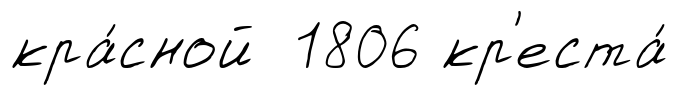
кра́сной 1806 кр'еста́